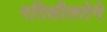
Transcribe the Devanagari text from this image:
गतिशीलतेने